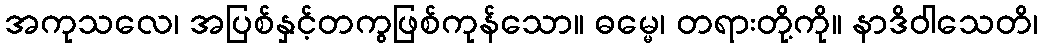
အကုသလေ၊ အပြစ်နှင့်တကွဖြစ်ကုန်သော။ ဓမ္မေ၊ တရားတို့ကို။ နာဒိဝါသေတိ၊